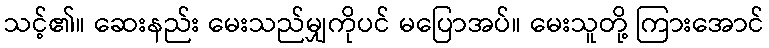
သင့်၏။ ဆေးနည်း မေးသည်မျှကိုပင် မပြောအပ်။ မေးသူတို့ ကြားအောင်